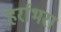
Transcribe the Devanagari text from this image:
हर्राभरा